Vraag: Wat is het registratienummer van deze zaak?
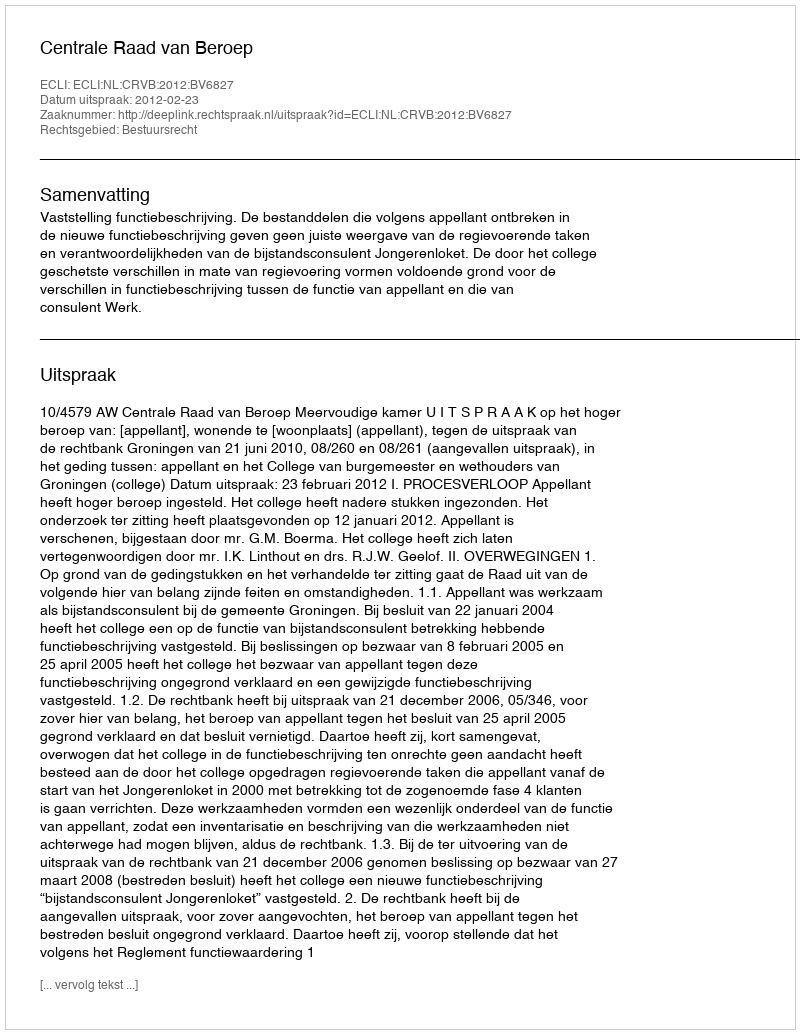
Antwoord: http://deeplink.rechtspraak.nl/uitspraak?id=ECLI:NL:CRVB:2012:BV6827